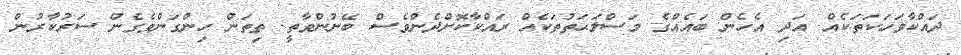
ދައްކާވަހަކަތަކެއް. އަދި އެހެން ބައެއްގެ މަސްލަޙަތުތަކެއް ރައްކާކޮށްދެންވެސް ބޭނުންވާތީ. ތިތަން ހިންގަންވެގެން ސަރުކާރުން